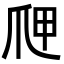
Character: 𭶫